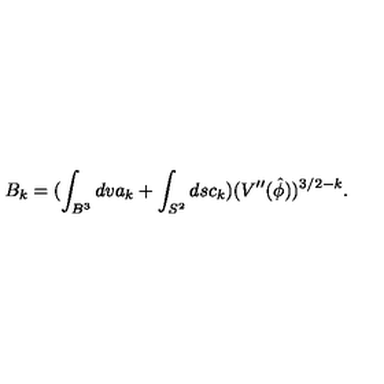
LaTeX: B _ { k } = ( \int _ { B ^ { 3 } } d v a _ { k } + \int _ { S ^ { 2 } } d s c _ { k } ) ( V ^ { \prime \prime } ( \hat { \phi } ) ) ^ { 3 / 2 - k } .